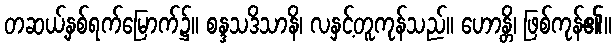
တဆယ့်နှစ်ရက်မြောက်၌။ စန္ဒသဒိသာနိ၊ လနှင့်တူကုန်သည်။ ဟောန္တိ၊ ဖြစ်ကုန်၏။